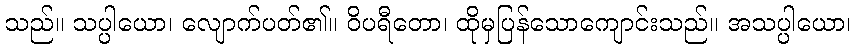
သည်။ သပ္ပါယော၊ လျောက်ပတ်၏။ ဝိပရီတော၊ ထိုမှပြန်သောကျောင်းသည်။ အသပ္ပါယော၊